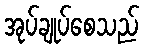
အုပ်ချုပ်စေသည်